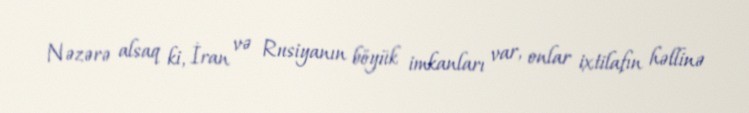
Nəzərə alsaq ki, İran və Rusiyanın böyük imkanları var, onlar ixtilafın həllinə